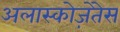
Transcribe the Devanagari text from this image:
अलास्कोज़ेतेस